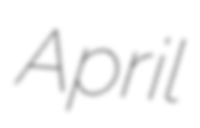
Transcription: April